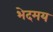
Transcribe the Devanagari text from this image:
भेदमय